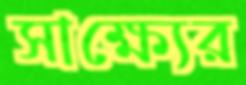
সাক্ষ্যের